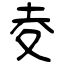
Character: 夌